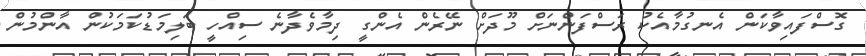
ގޮސްފައިވާކަން އެނގުމާއެކު ރަސްފަންނަށް މޫދަށް ނޭރެން އެންގީ ދިމާވެދާނެ ސިއްހީ ބަލިމަޑުކަމަކުން އާންމުން